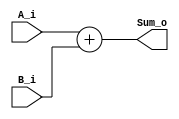
module Adder_32bit (
	input [31:0] A_i,
	input [31:0] B_i,
	output [31:0] Sum_o
);

assign Sum_o = A_i + B_i;

endmodule